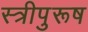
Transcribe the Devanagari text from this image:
स्त्रीपुरूष